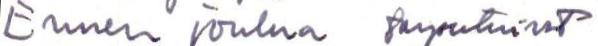
Ennen joulua tarjoutuivat